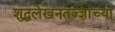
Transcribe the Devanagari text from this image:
शुद्धलेखनतज्ज्ञांच्या